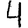
Digit: 4